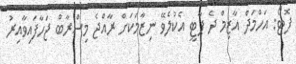
ފޮޓޯ: އަހްމަދް އާޒިމް ދެ ޕާޓީ އެކުލެވޭ ނިޒާމަކަށް ރާއްޖެ މިސްރާބް ޖަހާފައިވާއިރު